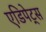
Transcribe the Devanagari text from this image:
एडिपेट्स